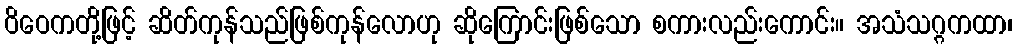
ဝိဝေကတို့ဖြင့် ဆိတ်ကုန်သည်ဖြစ်ကုန်လောဟု ဆိုကြောင်းဖြစ်သော စကားလည်းကောင်း။ အသံသဂ္ဂကထာ၊